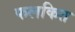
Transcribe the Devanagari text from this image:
फलकित